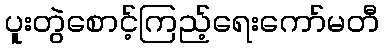
ပူးတွဲစောင့်ကြည့်ရေးကော်မတီ